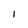
Character: 1